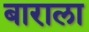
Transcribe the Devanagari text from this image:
बाराला